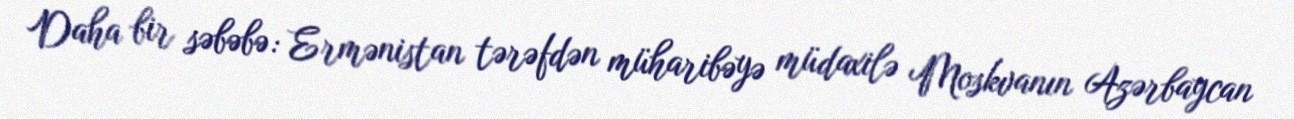
Daha bir səbəbə: Ermənistan tərəfdən müharibəyə müdaxilə Moskvanın Azərbaycan